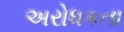
અરોધકતા